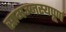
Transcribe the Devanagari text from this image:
सामञ्जस्यपूर्ण